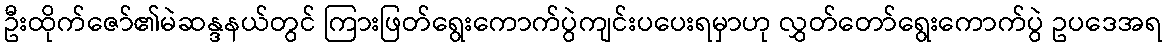
ဦးထိုက်ဇော်၏မဲဆန္ဒနယ်တွင် ကြားဖြတ်ရွေးကောက်ပွဲကျင်းပပေးရမှာဟု လွှတ်တော်ရွေးကောက်ပွဲ ဥပဒေအရ